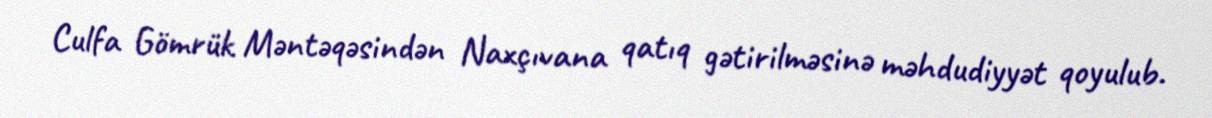
Culfa Gömrük Məntəqəsindən Naxçıvana qatıq gətirilməsinə məhdudiyyət qoyulub.